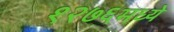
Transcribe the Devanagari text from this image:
१२७६मध्ये